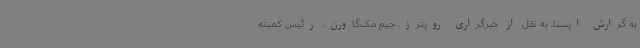
به گزارش ایسنا، به نقل از خبرگزاری رویترز، جیم مک‌گاورن، رئیس کمیته